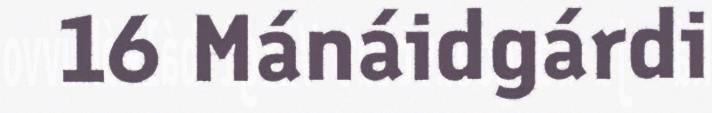
16 Mánáidgárdi